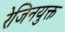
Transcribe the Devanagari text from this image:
रेजिनयुक्त